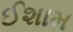
ઈશામ